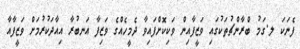
ފެނަކަ ލ.ގަމު ބްރާންޗުތަކުގައި ވަޒީފާއިން ވަކިކޮށްފައިވާ ދެމީހެއްގެ ވަޒިފާ އަނބުރާ އިއާދަކުރުމަށް ވަޒީފާއާ